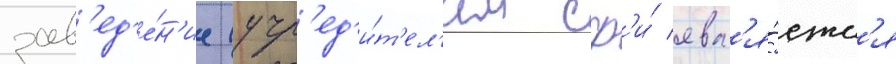
зав'ед'е́н'ие (учр'ед'и́т'ел'ем сф'и́ явл'я́етс'я